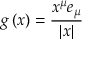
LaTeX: g \left( x \right) = \frac { x ^ { \mu } e _ { \mu } } { \left| x \right| }